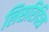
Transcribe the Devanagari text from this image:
लिसरिदिस